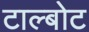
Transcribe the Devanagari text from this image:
टाल्बोट